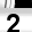
Digit: 2